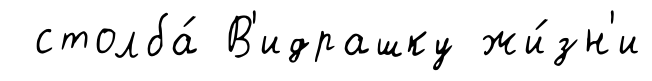
столба́ В'идрашку жи́зн'и